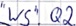
Text: "WS".Q2